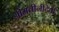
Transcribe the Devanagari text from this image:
श्रीमंतीनीदेवी